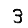
Digit: 3